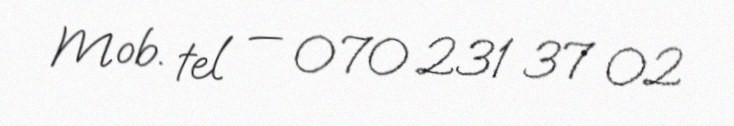
Mob. tel — 070 231 37 02